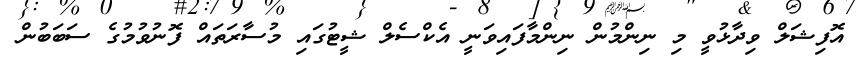
އޮފިޝަލް ވިދާޅުވީ މި ނިންމުން ނިންމާފައިވަނީ އެކްސެލް ޝީޓުގައި މުސާރަތައް ފޮނުވުމުގެ ސަބަބުން